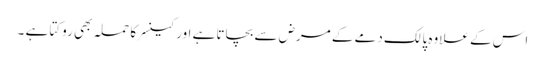
اس کے علاوہ پالک دمے کے مرض سے بچاتا ہے اور کینسر کا حملہ بھی روکتا ہے ۔